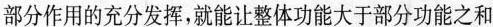
部分作用的充分发挥，就能让整体功能大于部分功能之和